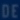
(0)